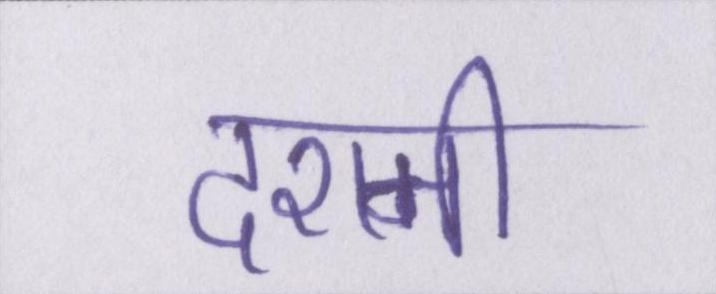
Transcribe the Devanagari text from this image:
दशमी